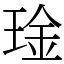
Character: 琻